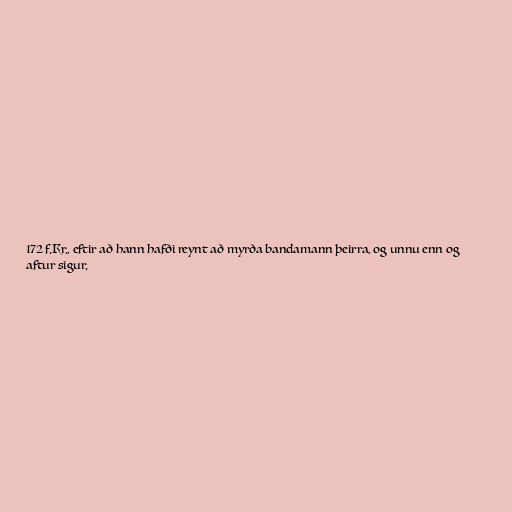
172 f.Kr., eftir að hann hafði reynt að myrða bandamann þeirra, og unnu enn og
aftur sigur.